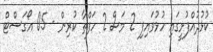
ކުޅުދުއްފުށީގައި ހުޅުވައިފި 2 މަސް 2 ހަފްތާ ކުރިން - 05 އޯގަސްޓް